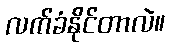
လက်ခံနိုင်တာလဲ။